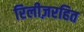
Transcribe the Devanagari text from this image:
रिलीज़रहित